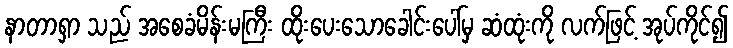
နာတာရှာ သည် အစေခံမိန်းမကြီး ထိုးပေးသောခေါင်းပေါ်မှ ဆံထုံးကို လက်ဖြင့် အုပ်ကိုင်၍